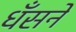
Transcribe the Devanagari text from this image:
धँसनें